Civil Veterinary Department. Central Provinces & Berar 1932-41 - 1932-1941
Year: 1932
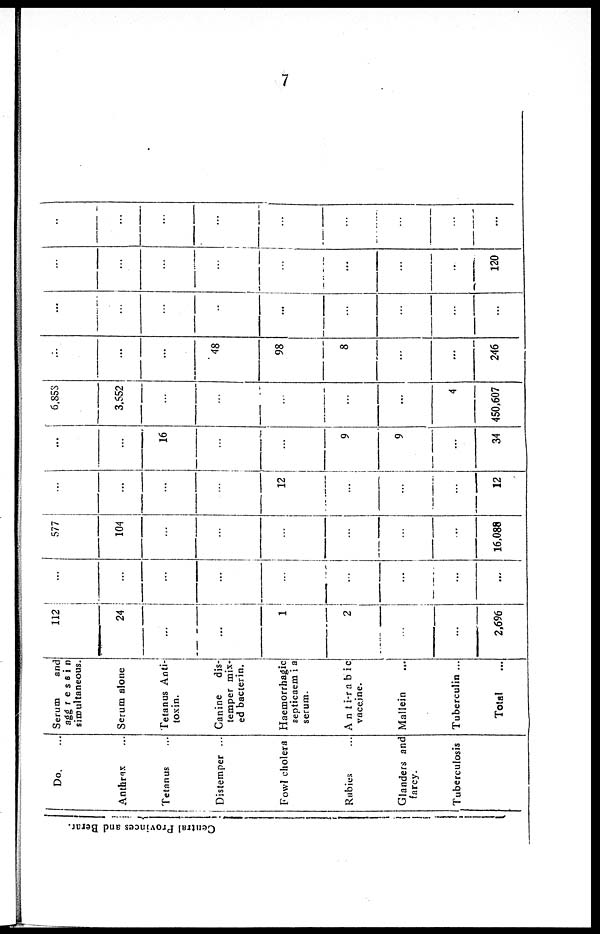
7
Central Provinces and Berar.
Do. ...
Anthrax ...
Tetanus ...
Distemper ...
Fowl cholera
Rubies ...
Glanders and
farcy.
Tuberculosis
Serum
and
aggressin
simultaneous
Serum alone
Tetanus Anti-
toxin.
Canine
dis-
temper mix-
ed bacterin.
Haemorrhagic
septicaemia
serum.
Anti-rabic
vaccine.
Mullein ...
Tuberculin ...
Total...
112
24
...
...
1
2
...
...
2,696
...
...
...
...
...
...
...
...
...
577
104
...
...
...
...
...
...
16,088
...
...
...
...
12
...
...
...
12
...
...
16
...
...
9
9
...
34
6,858
3,552
...
...
...
...
...
4
450,607
...
...
...
48
98
8
...
...
246
...
...
...
...
...
...
...
...
...
...
...
...
...
...
...
...
...
120
...
...
...
...
...
...
...
...
...